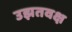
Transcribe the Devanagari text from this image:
उझतवक्ष